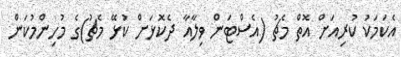
އެކަމަކު ކުރިއަށް އޮތް މެޗު (އެސްޓަން ވިލާއާ ދެކޮޅަށް ކުޅޭ މެޗު)ގެ މުހިންމުކަން